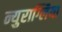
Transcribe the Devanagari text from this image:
न्युराग्लिया